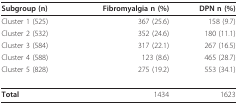
<table><thead><tr><td><b>Subgroup (n)</b></td><td><b>Fibromyalgia n (%)</b></td><td><b>DPN n (%)</b></td></tr></thead><tbody><tr><td>Cluster 1 (525)</td><td>367 (25.6)</td><td>158 (9.7)</td></tr><tr><td>Cluster 2 (532)</td><td>352 (24.6)</td><td>180 (11.1)</td></tr><tr><td>Cluster 3 (584)</td><td>317 (22.1)</td><td>267 (16.5)</td></tr><tr><td>Cluster 4 (588)</td><td>123 (8.6)</td><td>465 (28.7)</td></tr><tr><td>Cluster 5 (828)</td><td>275 (19.2)</td><td>553 (34.1)</td></tr><tr><td><b>Total</b></td><td>1434</td><td>1623</td></tr></tbody></table>